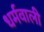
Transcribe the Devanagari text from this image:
धर्मवाली